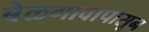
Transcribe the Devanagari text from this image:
बेळगावापासून